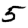
Digit: 5